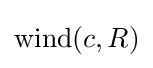
{\text{wind}}(c,R)